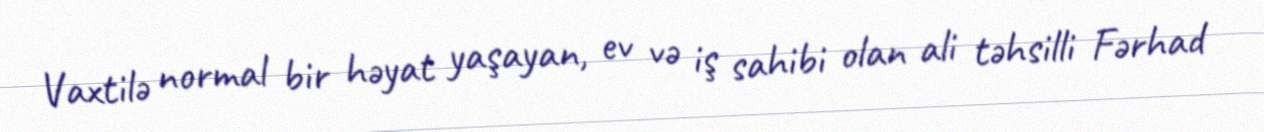
Vaxtilə normal bir həyat yaşayan, ev və iş sahibi olan ali təhsilli Fərhad